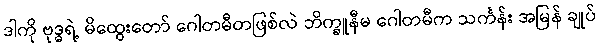
ဒါကို ဗုဒ္ဓရဲ့ မိထွေးတော် ဂေါတမီတဖြစ်လဲ ဘိက္ခူနီမ ဂေါတမီက သင်္ကန်း အမြန် ချုပ်